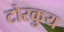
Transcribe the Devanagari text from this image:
टोरकुय